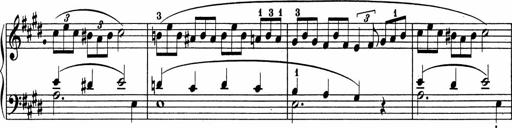
Title: 5 Sonatinen fÃ¼r die Jugend
Composer: Carl Reinecke